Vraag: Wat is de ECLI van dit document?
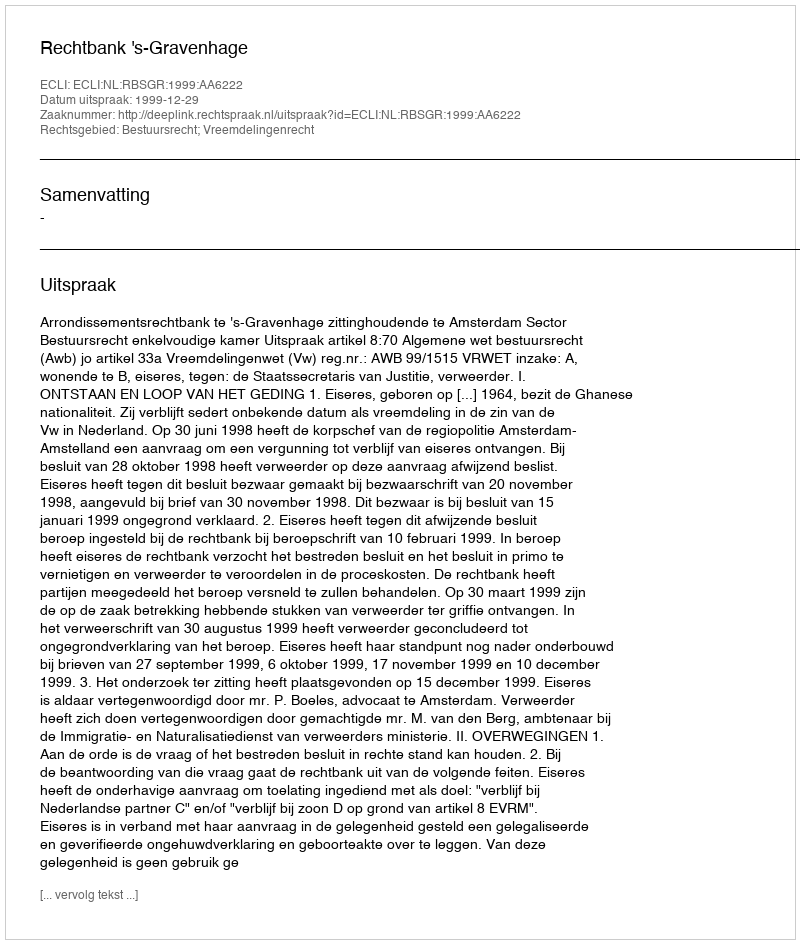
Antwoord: ECLI:NL:RBSGR:1999:AA6222